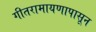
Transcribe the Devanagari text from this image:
गीतरामायणापासून